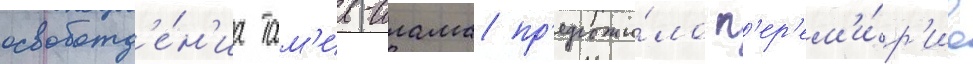
освобожд'е́н'иа там'ил-илама пр'едложи́ло п'ер'ем'и́р'ие